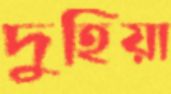
দুহিয়া